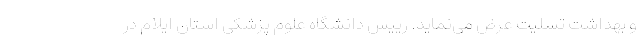
و بهداشت تسلیت عرض می‌نماید. رییس دانشگاه علوم پزشکی استان ایلام در